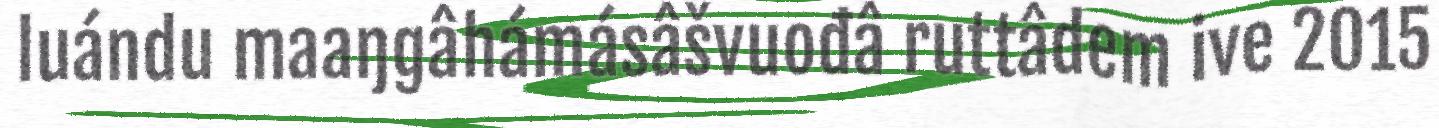
luándu maaŋgâhámásâšvuođâ ruttâdem ive 2015